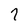
Character: 7